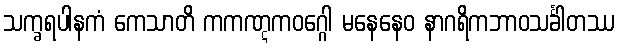
သက္ခရပါနကံ ကေသာတိ ကကဏ္ဋကဝဂ္ဂေါ မနေနေဝ နာဂရိကဘာဝသင်္ခါတဿ